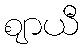
ဈာယီ